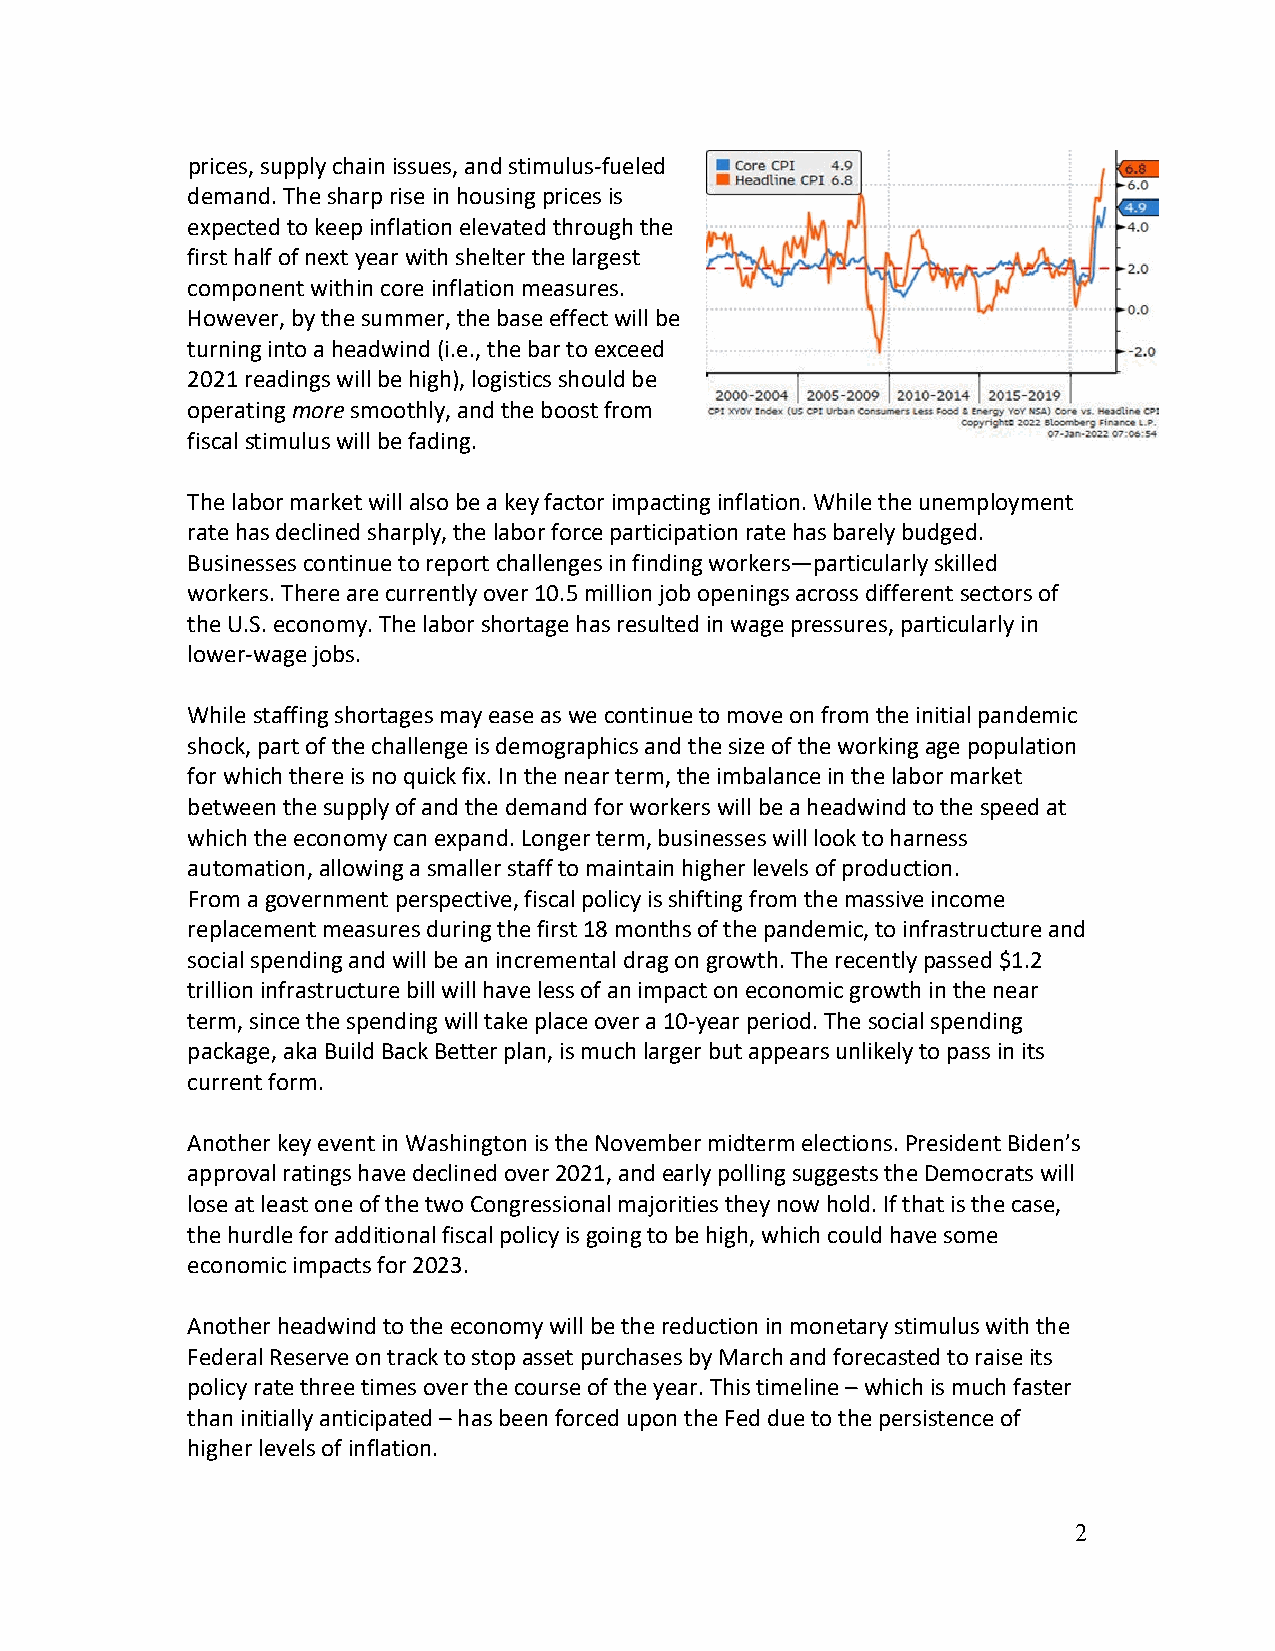
prices, supply chain issues, and stimulus-fueled
 demand. The sharp rise in housing prices is
 expected to keep inflation elevated through the
 first half of next year with shelter the largest
 component within core inflation measures.
 However, by the summer, the base effect will be
 turning into a headwind (i.e., the bar to exceed
 2021 readings will be high), logistics should be
 operating more smoothly, and the boost from
 fiscal stimulus will be fading.
 The labor market will also be a key factor impacting inflation. While the unemployment
 rate has declined sharply, the labor force participation rate has barely budged.
 Businesses continue to report challenges in finding workers—particularly skilled
 workers. There are currently over 10.5 million job openings across different sectors of
 the U.S. economy. The labor shortage has resulted in wage pressures, particularly in
 lower-wage jobs.
 While staffing shortages may ease as we continue to move on from the initial pandemic
 shock, part of the challenge is demographics and the size of the working age population
 for which there is no quick fix. In the near term, the imbalance in the labor market
 between the supply of and the demand for workers will be a headwind to the speed at
 which the economy can expand. Longer term, businesses will look to harness
 automation, allowing a smaller staff to maintain higher levels of production.
 From a government perspective, fiscal policy is shifting from the massive income
 replacement measures during the first 18 months of the pandemic, to infrastructure and
 social spending and will be an incremental drag on growth. The recently passed $1.2
 trillion infrastructure bill will have less of an impact on economic growth in the near
 term, since the spending will take place over a 10-year period. The social spending
 package, aka Build Back Better plan, is much larger but appears unlikely to pass in its
 current form.
 Another key event in Washington is the November midterm elections. President Biden’s
 approval ratings have declined over 2021, and early polling suggests the Democrats will
 lose at least one of the two Congressional majorities they now hold. If that is the case,
 the hurdle for additional fiscal policy is going to be high, which could have some
 economic impacts for 2023.
 Another headwind to the economy will be the reduction in monetary stimulus with the
 Federal Reserve on track to stop asset purchases by March and forecasted to raise its
 policy rate three times over the course of the year. This timeline – which is much faster
 than initially anticipated – has been forced upon the Fed due to the persistence of
 higher levels of inflation.
 2